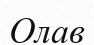
Олав